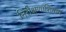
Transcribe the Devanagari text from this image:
निरीक्षणाशिवाय